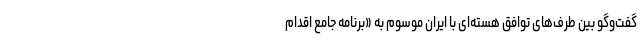
گفت‌وگو بین طرف‌های توافق هسته‌ای با ایران موسوم به «برنامه جامع اقدام